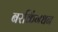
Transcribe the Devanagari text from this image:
बरकिंगधन